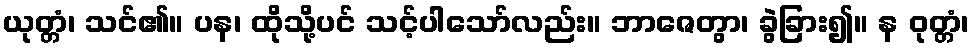
ယုတ္တံ၊ သင်၏။ ပန၊ ထိုသို့ပင် သင့်ပါသော်လည်း။ ဘာဇေတွာ၊ ခွဲခြား၍။ န ဝုတ္တံ၊